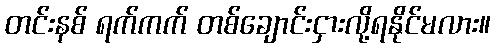
တင်းနစ် ရက်ကက် တစ်ချောင်းငှားလို့ရနိုင်မလား။